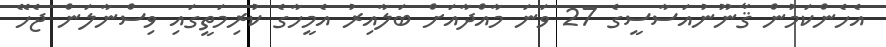
އެހެންކަމުން ޤާނޫނުއަސާސީގެ 27 ވަނަ މާއްދާއަށް ބަލާއިރު އެމީހާގެ ކުރިމަތީގައި ވިސްނާލަން ޖެހޭ